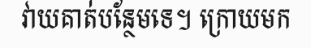
វាយគាត់បន្ថែមទេ។ ក្រោយមក